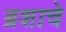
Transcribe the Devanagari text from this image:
ब्रशाचे